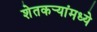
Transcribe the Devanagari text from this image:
शेतकर्‍यांमध्ये